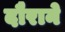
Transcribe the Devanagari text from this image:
दौराने